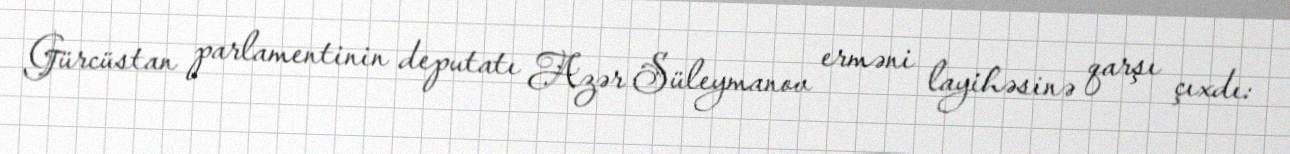
Gürcüstan parlamentinin deputatı Azər Süleymanov erməni layihəsinə qarşı çıxdı: